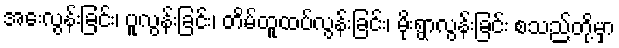
အေးလွန်းခြင်း၊ ပူလွန်းခြင်း၊ တိမ်ထူထပ်လွန်းခြင်း၊ မိုးရွာလွန်းခြင်း စသည်တို့မှာ